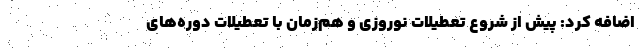
اضافه کرد: پیش از شروع تعطیلات نوروزی و هم‌زمان با تعطیلات دوره‌های